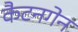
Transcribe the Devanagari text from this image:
कैटनगेन